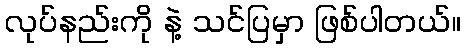
လုပ်နည်းကို နဲ့ သင်ပြမှာ ဖြစ်ပါတယ်။